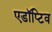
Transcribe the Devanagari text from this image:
एडॉप्टिव